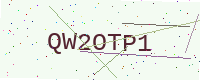
Text: QW2OTP1